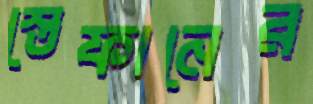
স্তেফানের